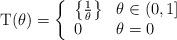
LaTeX: \begin{align*}\mathrm{T}(\theta)=\left\{\begin{array}{ll}\left\{\frac{1}{\theta}\right\} & \theta\in (0,1]\\0 & \theta=0\end{array}\right.\end{align*}